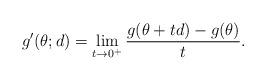
LaTeX: \begin{align*} g'(\theta; d) = \lim_{t\rightarrow 0^+} \frac{g(\theta + t d) - g(\theta)}{t}.\end{align*}